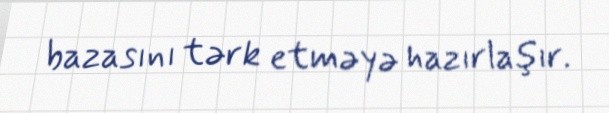
bazasını tərk etməyə hazırlaşır.